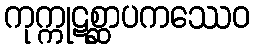
ကုက္ကုဋစ္ဆာပကဿေဝ